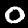
Digit: 0